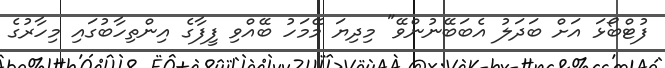
ފުޓްބޯޅަ އަށް ބަދަލު އެބަބޭނުންވޭ" މިދިޔަ މޭމަހު ބޭއްވި ފީފާގެ އިންތިހާބުގައި މިހާރުގެ